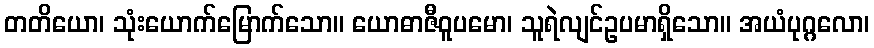
တတိယော၊ သုံးယောက်မြောက်သော။ ယောဓာဇီဝူပမော၊ သူရဲလျင်ဥပမာရှိသော။ အယံပုဂ္ဂလော၊